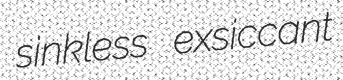
sinkless exsiccant